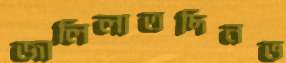
জালিলাতদিনভ